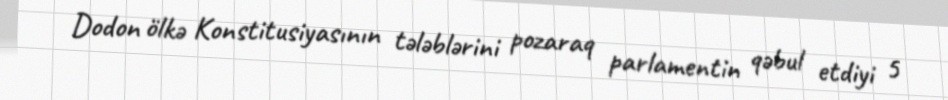
Dodon ölkə Konstitusiyasının tələblərini pozaraq parlamentin qəbul etdiyi 5